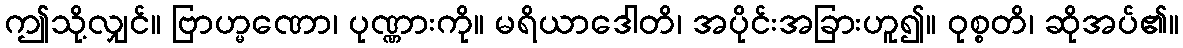
ဤသို့လျှင်။ ဗြာဟ္မဏော၊ ပုဏ္ဏားကို။ မရိယာဒေါတိ၊ အပိုင်းအခြားဟူ၍။ ဝုစ္စတိ၊ ဆိုအပ်၏။